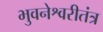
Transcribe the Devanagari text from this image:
भुवनेश्वरीतंत्र